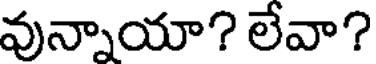
వున్నాయా? లేవా?